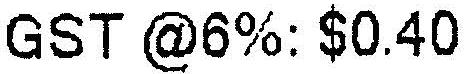
GST @6%: $0.40